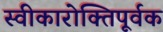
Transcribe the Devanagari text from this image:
स्वीकारोक्तिपूर्वक